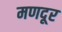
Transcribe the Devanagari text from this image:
मणदूर